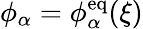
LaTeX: \phi_{\alpha}=\phi_{\alpha}^{\mathrm{eq}}(\xi)